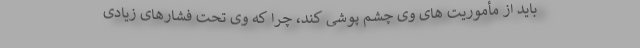
باید از مأموریت ‌های وی چشم پوشی کند، چرا که وی تحت فشارهای زیادی